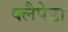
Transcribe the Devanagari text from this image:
क्लैपेडा